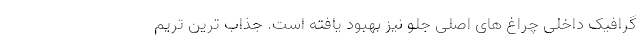
گرافیک داخلی چراغ های اصلی جلو نیز بهبود یافته است. جذاب ترین تریم